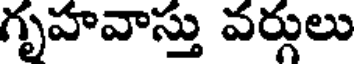
గృహవాస్తు వర్గులు